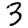
Digit: 3